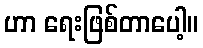
ဟာ ရေးဖြစ်တာပေါ့။